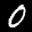
Label: 0